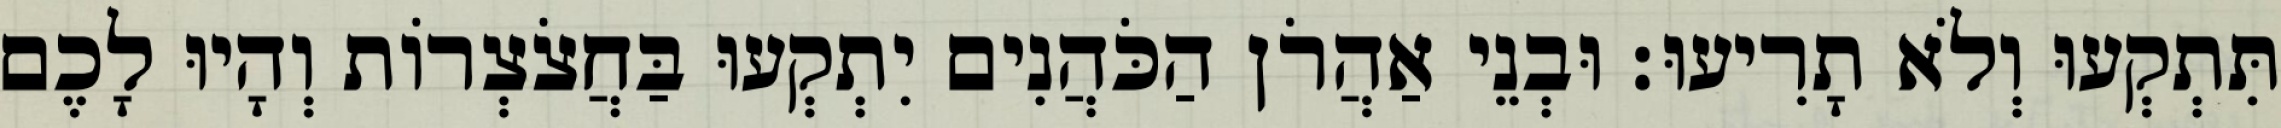
תִּתְקְעוּ וְלֹא תָרִיעוּ׃ וּבְנֵי אַהֲרֹן הַכֹּהֲנִים יִתְקְעוּ בַּחֲצֹצְרוֹת וְהָיוּ לָכֶם